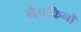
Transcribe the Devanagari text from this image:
नैपकिनों